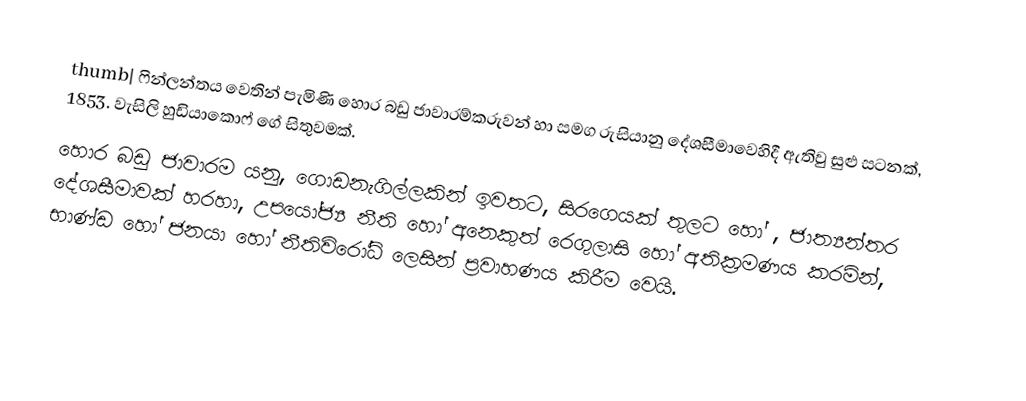
thumb| ෆින්ලන්තය වෙතින් පැමිණි හොර බඩු ජාවාරම්කරුවන් හා සමග රුසියානු දේශසීමාවෙහිදී ඇතිවු සුළු සටනක්, 1853. වැසිලි හුඩියාකොෆ් ගේ සිතුවමක්.
හොර බඩු ජාවාරම යනු, ගොඩනැගිල්ලකින් ඉවතට, සිරගෙයක් තුලට හෝ , ජාත්‍යන්තර දේශසීමාවක් හරහා, උපයෝජ්‍ය  නීති හෝ  අනෙකුත් රෙගුලාසි හෝ අතික්‍රමණය කරමින්,  භාණ්ඩ හෝ ජනයා හෝ නීතිවිරෝධි ලෙසින් ප්‍රවාහණය කිරීම වෙයි.